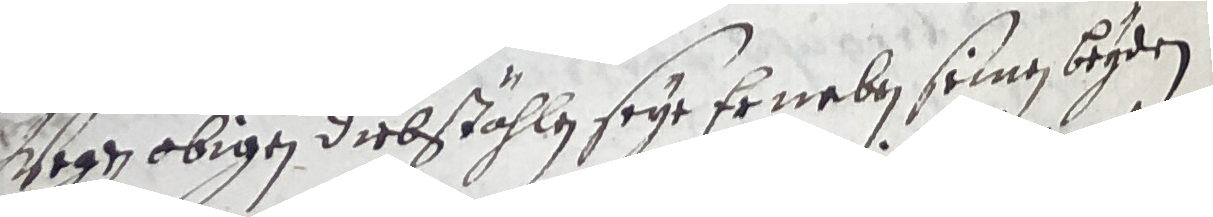
Dsegen obigen diebstählen seye er neben seinen beyden